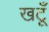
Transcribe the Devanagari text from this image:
खटूँ